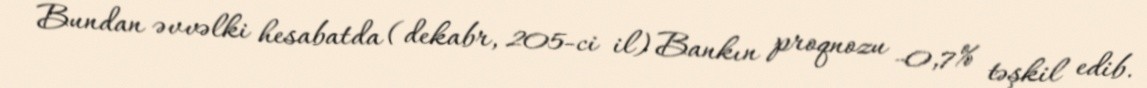
Bundan əvvəlki hesabatda (dekabr, 205-ci il) Bankın proqnozu -0,7% təşkil edib.